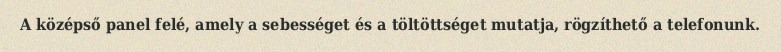
A középső panel felé, amely a sebességet és a töltöttséget mutatja, rögzíthető a telefonunk.